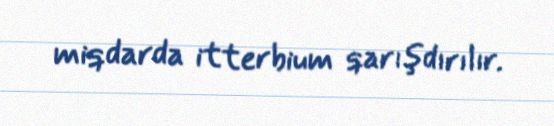
miqdarda itterbium qarışdırılır.